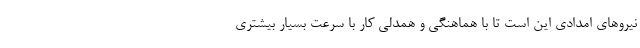
نیروهای امدادی این است تا با هماهنگی و همدلی کار با سرعت بسیار بیشتری